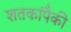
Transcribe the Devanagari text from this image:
शतकांपैकी